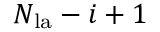
N _ { \mathrm { l a } } - i + 1